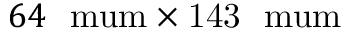
6 4 ~ \mathrm { { \ m u m } \times 1 4 3 ~ \mathrm { { \ m u m } } }